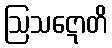
ဩသဋောတိ